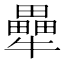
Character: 𭷶